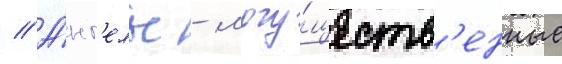
// А́нг'елы - могу́ществ'енные